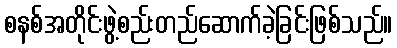
စနစ်အတိုင်းဖွဲ့စည်းတည်ဆောက်ခဲ့ခြင်းဖြစ်သည်။